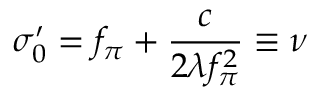
\sigma _ { 0 } ^ { \prime } = f _ { \pi } + \frac { c } { 2 \lambda f _ { \pi } ^ { 2 } } \equiv \nu